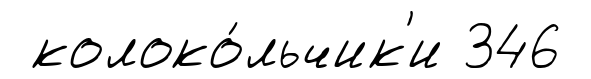
колоко́льчик'и 346